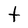
Character: t